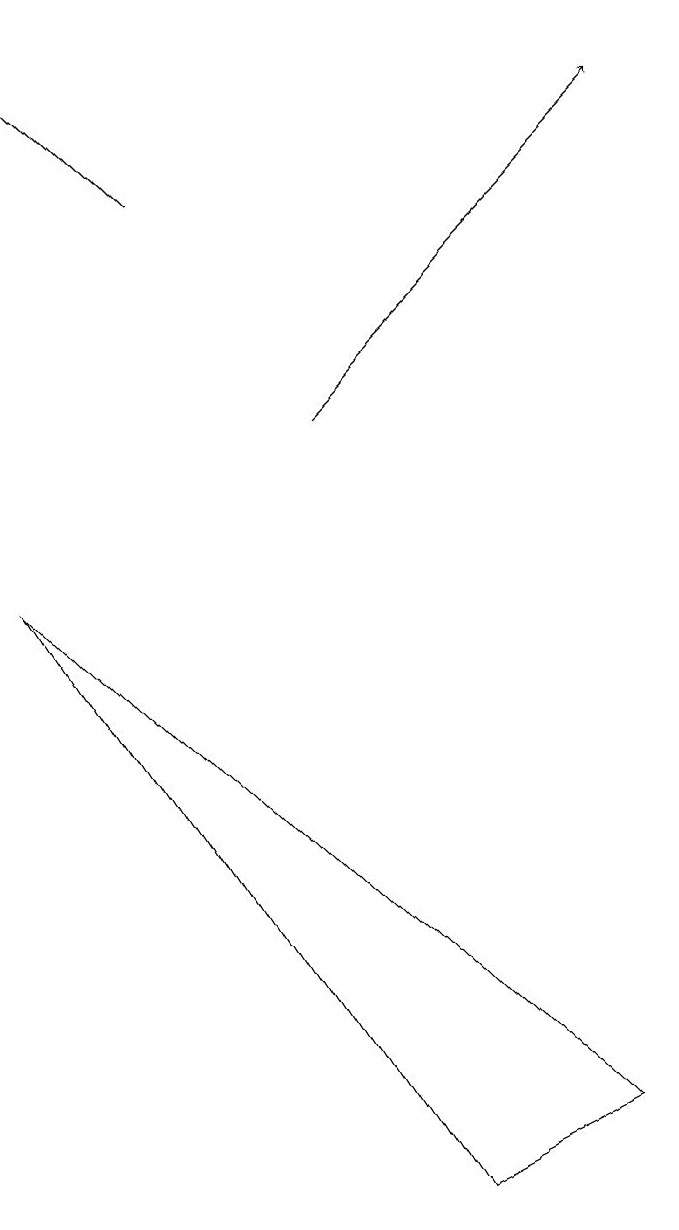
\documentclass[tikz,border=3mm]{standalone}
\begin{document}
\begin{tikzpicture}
\draw[->] (5,11) -- (9,15);
\draw[->] (3,14) -- (1,16);
\draw (1,9) -- (6,1) -- (8,2) -- cycle;
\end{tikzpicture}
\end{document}